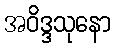
အဝိဒ္ဒသုနော